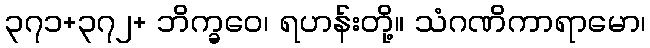
၃၇၁+၃၇၂+ ဘိက္ခဝေ၊ ရဟန်းတို့။ သံဂဏိကာရာမော၊